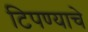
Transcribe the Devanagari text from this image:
टिपण्याचे